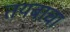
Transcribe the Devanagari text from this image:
तयबाचा